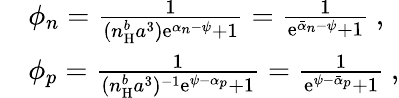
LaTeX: \begin{array}{rl}&{\phi_{n}=\frac{1}{(n_{\mathrm{H}}^{b}a^{3})\mathrm{e}^{\alpha_{n}-\psi}+1}=\frac{1}{\mathrm{e}^{\bar{\alpha}_{n}-\psi}+1}\ ,}\\ &{\phi_{p}=\frac{1}{(n_{\mathrm{H}}^{b}a^{3})^{-1}\mathrm{e}^{\psi-\alpha_{p}}+1}=\frac{1}{\mathrm{e}^{\psi-\bar{\alpha}_{p}}+1}\ ,}\end{array}